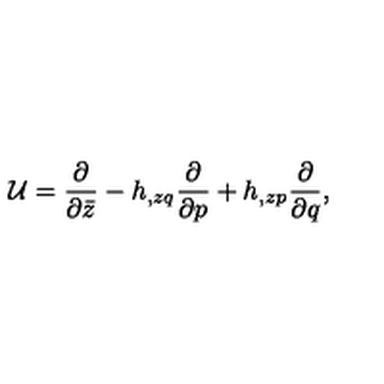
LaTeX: { \cal U } = { \frac { \partial } { \partial \bar { z } } } - h _ { , z q } { \frac { \partial } { \partial p } } + h _ { , z p } { \frac { \partial } { \partial q } } ,